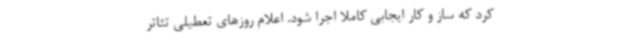
کرد که ساز و کار ایجابی کاملاً اجرا شود. اعلام روزهای تعطیلی تئاتر